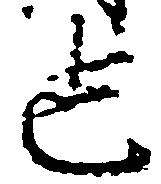
也